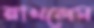
রাখলেম